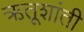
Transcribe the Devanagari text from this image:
ऋतूशांती